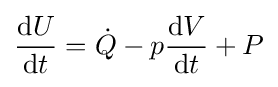
{\frac {\mathrm {d} U}{\mathrm {d} t}}={\dot {Q}}-p{\frac {\mathrm {d} V}{\mathrm {d} t}}+P